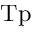
\mathrm { T p }